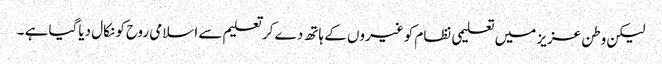
لیکن وطن عزیز میں تعلیمی نظام کو غیروں کے ہاتھ دے کر تعلیم سے اسلامی روح کو نکال دیاگیا ہے ۔